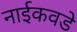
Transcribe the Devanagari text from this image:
नाईकवडे